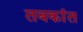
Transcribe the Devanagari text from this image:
तबकांत